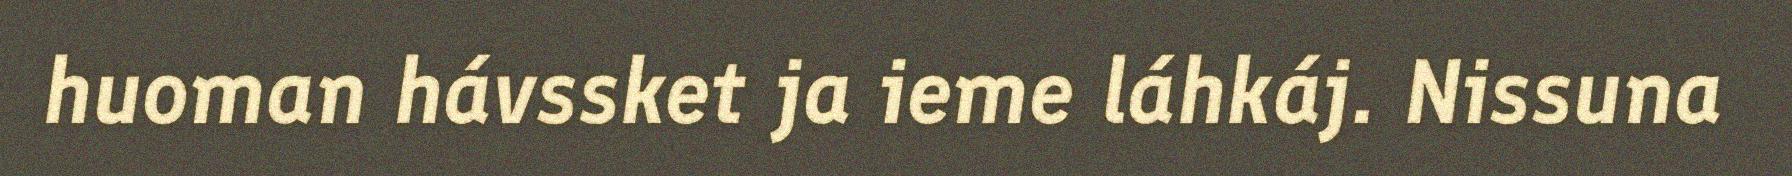
huoman hávssket ja ieme láhkáj. Nissuna